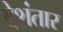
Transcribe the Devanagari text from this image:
देशंतार